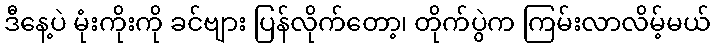
ဒီနေ့ပဲ မုံးကိုးကို ခင်ဗျား ပြန်လိုက်တော့၊ တိုက်ပွဲက ကြမ်းလာလိမ့်မယ်